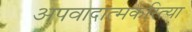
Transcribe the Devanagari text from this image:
अपवादात्मकरित्या